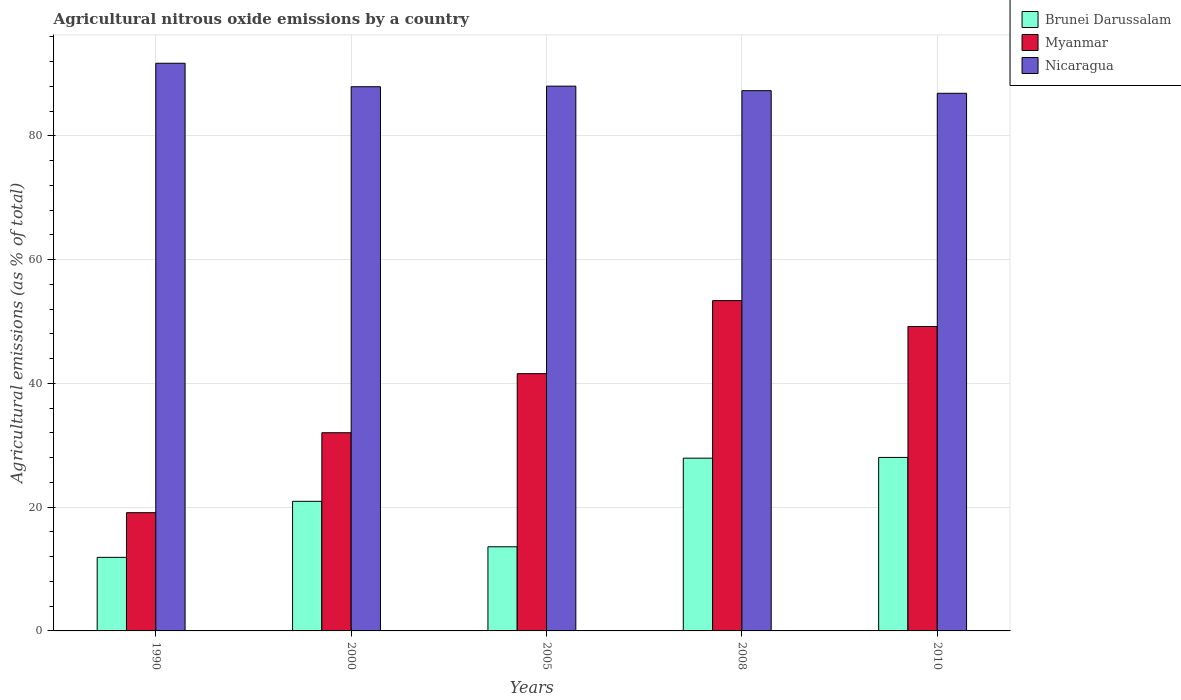
| Years | Brunei Darussalam | Myanmar | Nicaragua |
 | --- | --- | --- | --- |
 | 1990 | 11.9 | 19.1 | 91.7 |
 | 2000 | 20.9 | 32 | 88 |
 | 2005 | 13.6 | 41.6 | 88 |
 | 2008 | 27.9 | 53.4 | 87.3 |
 | 2010 | 28 | 49.2 | 86.9 |